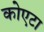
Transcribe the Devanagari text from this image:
कोएटा